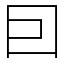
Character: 囙